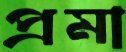
প্রমা